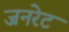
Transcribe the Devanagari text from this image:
जनरेट